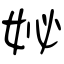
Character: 妼